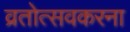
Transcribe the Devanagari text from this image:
व्रतोत्सवकरना